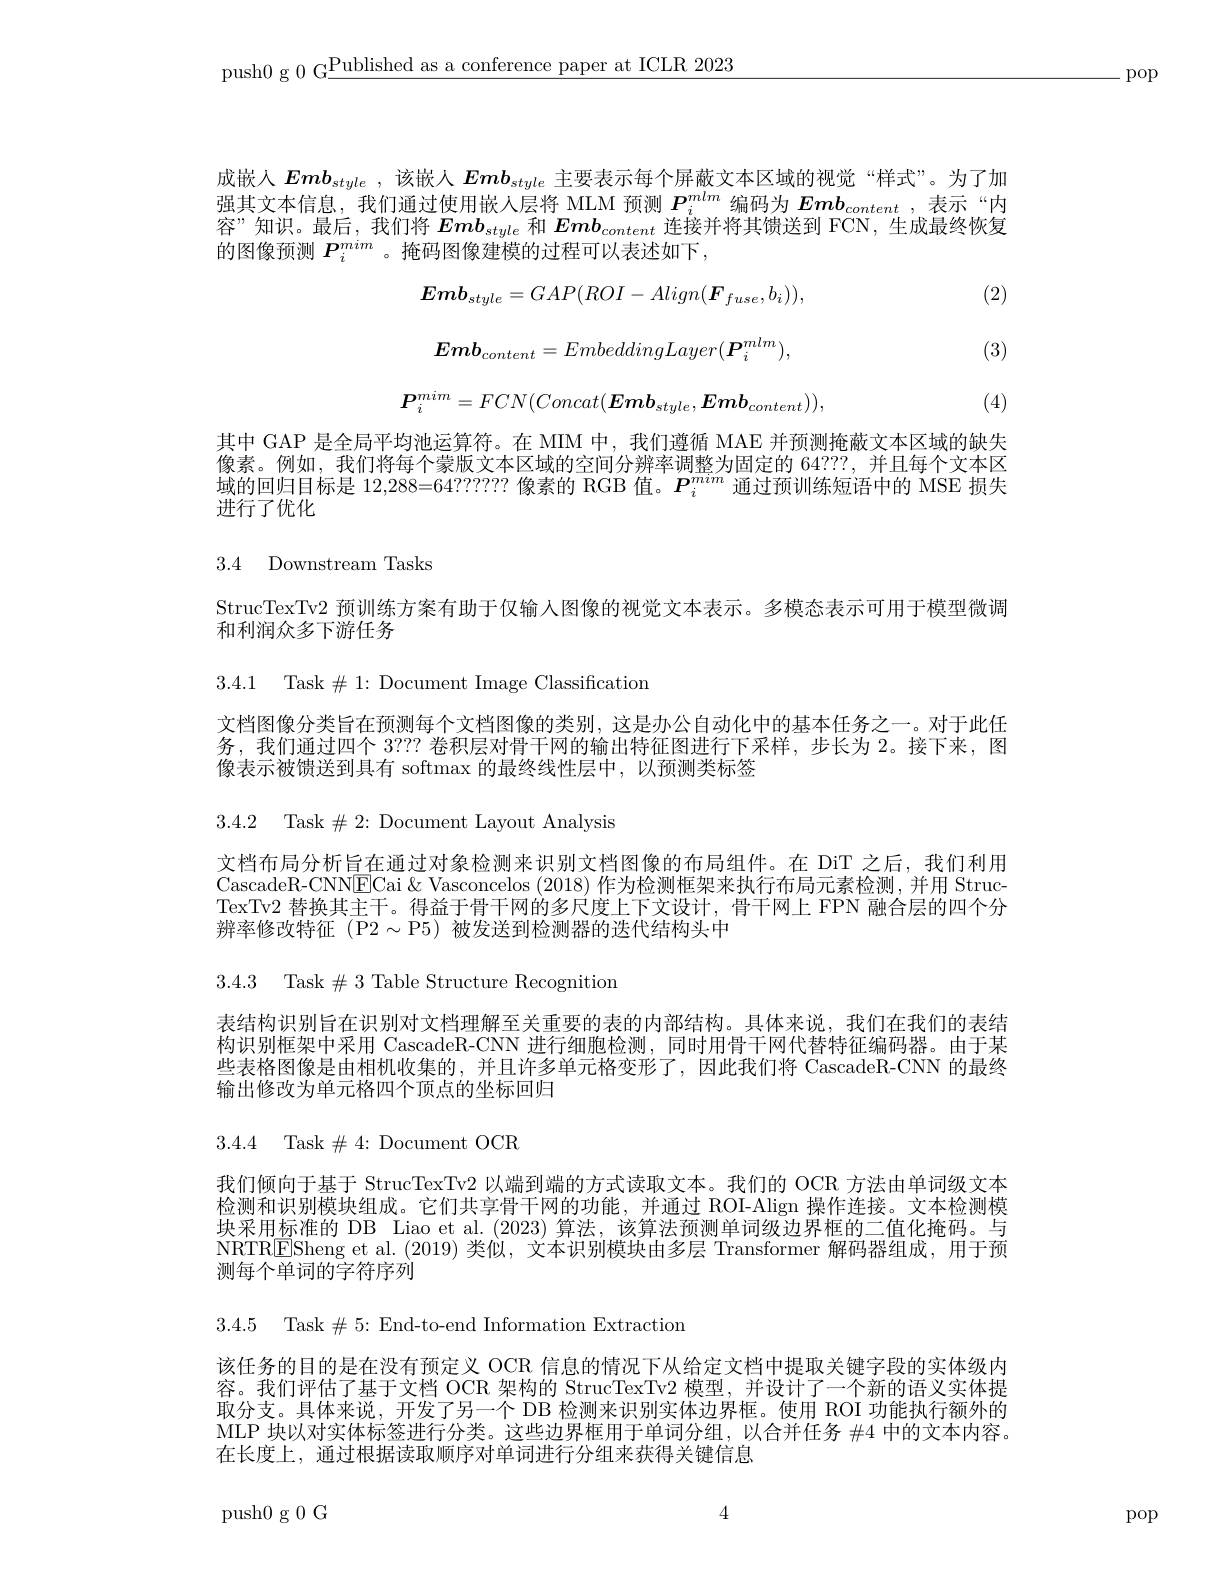
push0 g 0 G$\underline\text{Published as a conference paper at ICLR 2023}$

-pop

成嵌入$\boldsymbol{Emb}_{style}$,该嵌人$\boldsymbol Emb_{style}$主要表示每个屏蔽文本区域的视觉“样式”。为了加强其文本信息，我们通过使用嵌人层将 MLM 预测$P_i^{mlm}$编码为$Emb_{content}$ ,表示“内容”知识。最后，我们将$Emb_{style}$和$Emb_{content}$连接并将其馈送到 FCN,生成最终恢复的图像预测$P_i^{mim}$ 。掩码图像建模的过程可以表述如下，

(2)
$$\boldsymbol{Emb}_{style}=GAP(ROI-Align(\boldsymbol{F}_{fuse},b_{i})),$$
$$\boldsymbol{Emb}_{content}=EmbeddingLayer(\boldsymbol{P}_{i}^{mlm}),$$
$$\boldsymbol{P}_i^{mim}=FCN(Concat(\boldsymbol{Emb}_{style},\boldsymbol{Emb}_{content})),$$
(3)

(4)

其中 GAP 是全局平均池运算符。在 MIM 中，我们遵循 MAE 并预测掩蔽文本区域的缺失像素。例如，我们将每个蒙版文本区域的空间分辨率调整为固定的 64???, 并且每个文本区域的回归目标是 12,288=64???????像素的 RGB 值。$P_i^{mim}$通过预训练短语中的 MSE 损失进行了优化

3.4 Downstream Tasks

StrucTexTv2 预训练方案有助于仅输入图像的视觉文本表示。多模态表示可用于模型微调
和利润众多下游任务

3.4.1 Task$\#1:$Document Image Classification

文档图像分类旨在预测每个文档图像的类别，这是办公自动化中的基本任务之一。对于此任

务，我们通过四个3？??卷积层对骨干网的输出特征图进行下采样，步长为 2。接下来，图

像表示被馈送到具有 softmax 的最终线性层中，以预测类标签

3.4.2 Task$\#2:$Document Layout Analysis

文档布局分析旨在通过对象检测来识别文档图像的布局组件。在 DiT 之后，我们利用CascadeR-CNN$\boxed{\mathrm{E}}$Cai &Vasconcelos (2018) 作为检测框架来执行布局元素检测，并用 StrucTexTv2 替换其主干。得益于骨干网的多尺度上下文设计，骨干网上 FPN 融合层的四个分辨率修改特征(P2$\sim$P5)被发送到检测器的迭代结构头中

3.4.3 Task$\#3$ Table Structure Recognition

表结构识别旨在识别对文档理解至关重要的表的内部结构。具体来说，我们在我们的表结构识别框架中采用 CascadeR-CNN 进行细胞检测，同时用骨干网代替特征编码器。由于某些表格图像是由相机收集的，并且许多单元格变形了，因此我们将 CascadeR-CNN 的最终输出修改为单元格四个顶点的坐标回归

3.4.4 Task$\#4:$Document OCR

我们倾向于基于 StrucTexTv2 以端到端的方式读取文本。我们的 OCR 方法由单词级文本检测和识别模块组成。它们共享骨干网的功能，并通过 ROI-Align 操作连接。文本检测模块采用标准的 DB Liao et al.(2023)算法，该算法预测单词级边界框的二值化掩码。与NRTR$\underline{\mathrm{F}}$Sheng et al.(2019)类似，文本识别模块由多层 Transformer 解码器组成，用于预测每个单词的字符序列

3.4.5 Task$\#5:$End-to-end Information Extraction

该任务的目的是在没有预定义 OCR 信息的情况下从给定文档中提取关键字段的实体级内容。我们评估了基于文档 OCR 架构的 StrucTexTv2 模型，并设计了一个新的语义实体提取分支。具体来说，开发了另一个 DB 检测来识别实体边界框。使用 ROI 功能执行额外的MLP 块以对实体标签进行分类。这些边界框用于单词分组，以合并任务 #4 中的文本内容。在长度上，通过根据读取顺序对单词进行分组来获得关键信息

4

push0g0G

pop